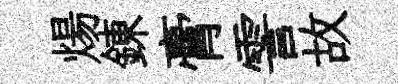
煬錬膏霅故